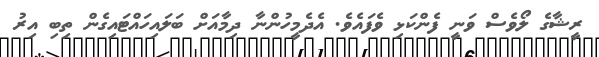
ރީޝާގެ ލޯވެސް ވަނީ ފެންކަޅި ވެފައެވެ. އެދެމީހުންނާ ދިމާއަށް ބަލައިހައްޓައިގެން ތިބި އިރު